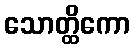
သောတ္ထိကော